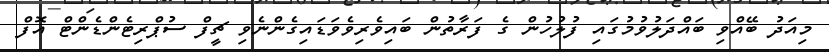
މިއަދު ބޭއްވި ބައްދަލުވުމުގައި ފުލުހުން ގެ ފަރާތުން ބައިވެރިވެވަޑައިގެންނެވި ޗީފް ސުޕްރިޓެންޑެންޓް އޮފް